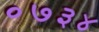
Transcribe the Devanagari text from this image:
०७३४